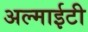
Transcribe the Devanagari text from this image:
अल्माईटी